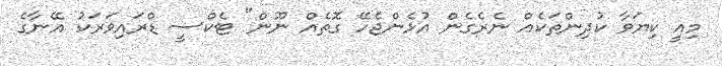
މިއީ ކިޔަވާ ކުދިންތަކެއް ނެރެގެން އުޅެންޖެހޭ ގޮތެއް ނޫން" ޓެކްސީ ޑްރައިވަރަކު އޭނާގެ